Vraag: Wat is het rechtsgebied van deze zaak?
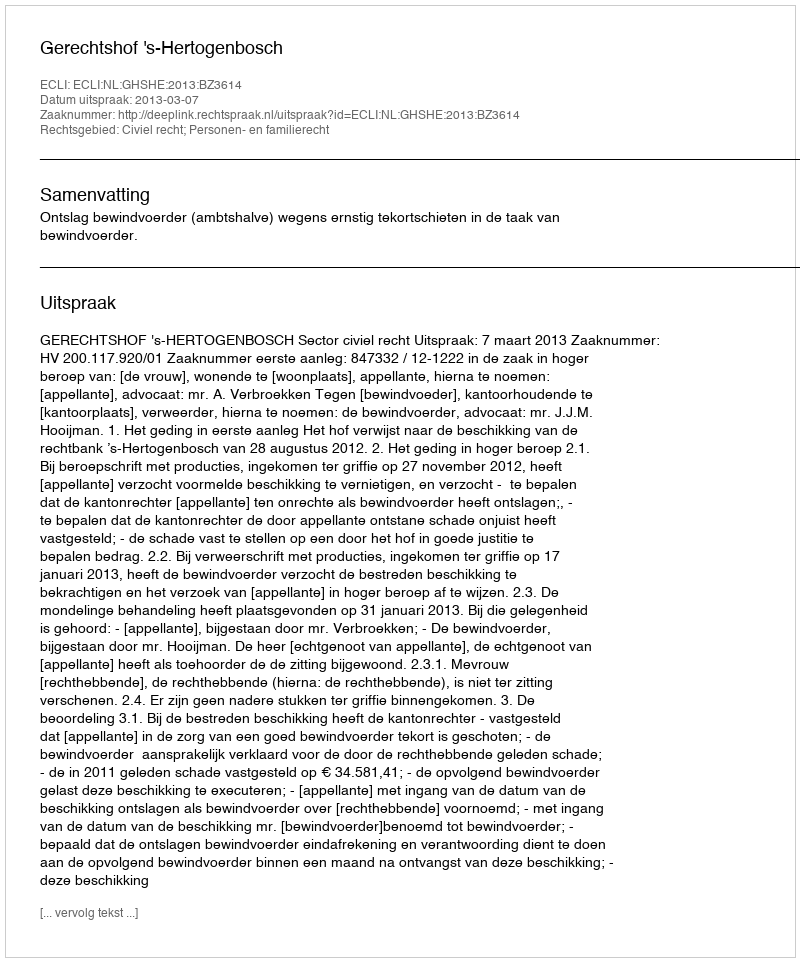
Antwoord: Civiel recht; Personen- en familierecht